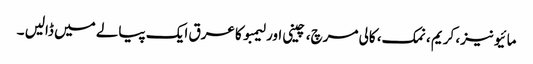
مائیونیز، کریم ، نمک، کالی مرچ، چینی اور لیمبو کا عرق ایک پیالے میں ڈالیں ۔